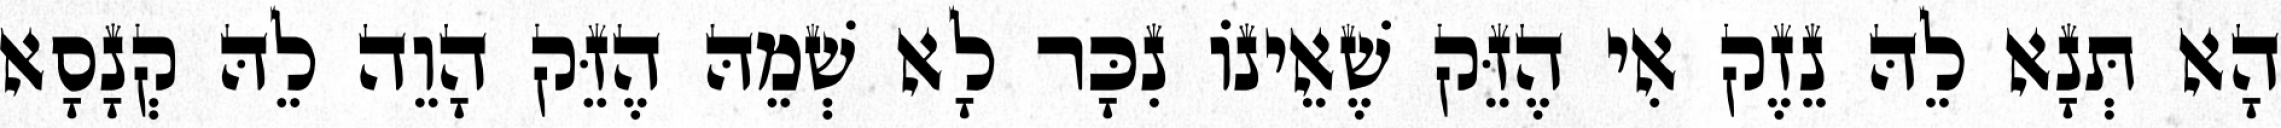
הָא תְּנָא לֵהּ נֵזֶק אִי הֶזֵּק שֶׁאֵינוֹ נִכָּר לָא שְׁמֵהּ הֶזֵּק הָוֵה לֵהּ קְנָסָא